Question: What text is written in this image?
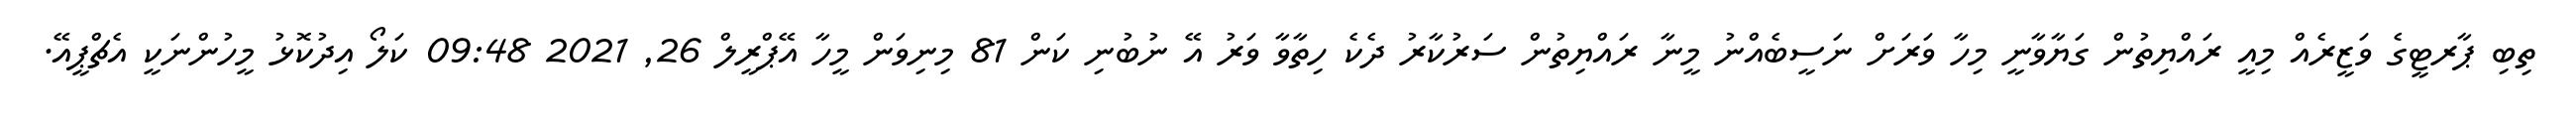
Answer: ތިބި ޕާރޓީގެ ވަޒީރެއް މިއީ ރައްޔިތުން ގަޔާވާނީ މިހާ ވަރަށް ނަސީބެއްނު މީނާ ރައްޔިތުން ސަރުކާރު ދެކެ ހިތާވާ ވަރު އޭ ނުބުނި ކަން 81 މިނިވަން މީހާ އޭޕްރީލް 26, 2021 09:48 ކަލޯ އިދުކޮޅު މީހުންނަކީ އެޗްޕީއޭ.